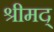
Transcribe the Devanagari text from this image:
श्रीमद्‌